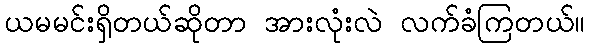
ယမမင်းရှိတယ်ဆိုတာ အားလုံးလဲ လက်ခံကြတယ်။